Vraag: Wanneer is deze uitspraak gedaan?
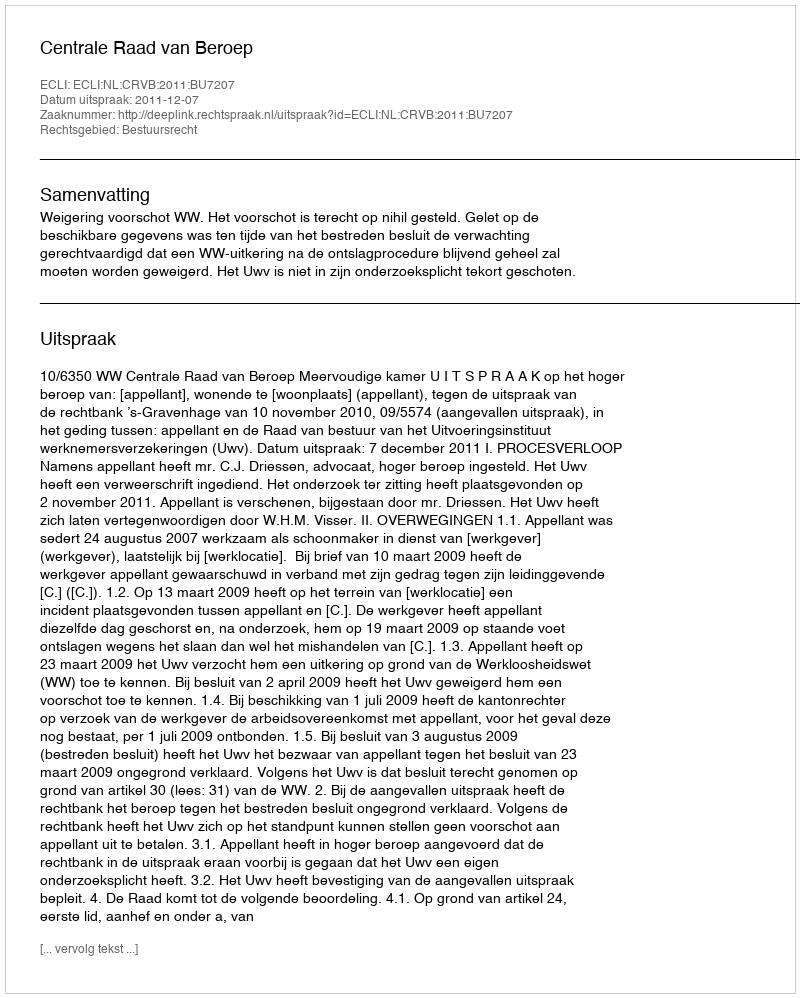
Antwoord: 2011-12-07